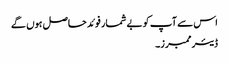
اس سے آپ کو بے شمار فوئد حاصل ہوں گے
ڈیئر ممبرز۔